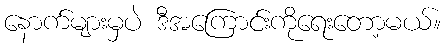
နောက်များမှပဲ ဒီအကြောင်းကိုရေးတော့မယ်။